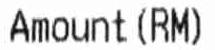
AMOUNT (RM)